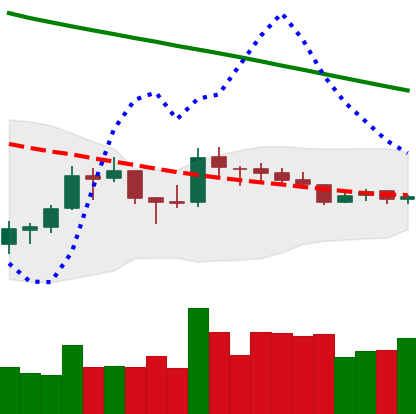
Ticker: LTC-USD
Chart end date: 2018-10-07
Forward return: -7.924%
Label: down_7plus